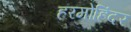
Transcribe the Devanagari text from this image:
हरमोहिंदर